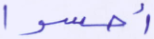
أحسوا